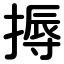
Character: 搙